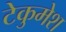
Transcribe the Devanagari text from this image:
टेकुमेश